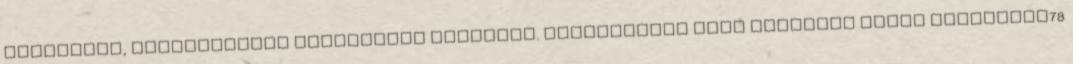
tökéletes, kifogástalan állapotban érkezett. Mindenkinek csak ajánlani tudom medvetalp78